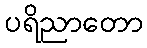
ပရိညာတော